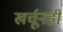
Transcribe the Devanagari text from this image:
खर्चूनही